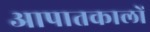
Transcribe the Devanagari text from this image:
आपातकालों